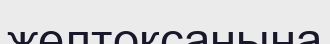
желтоқсанына